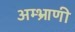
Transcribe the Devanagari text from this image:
अम्भ्राणी